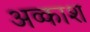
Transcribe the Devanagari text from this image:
अव्काश